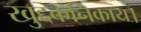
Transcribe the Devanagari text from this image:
खुद्दकनिकाय।